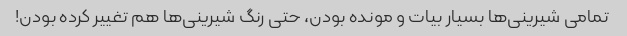
تمامی شیرینی‌ها بسیار بیات و مونده بودن، حتی رنگ شیرینی‌ها هم تغییر کرده بودن!